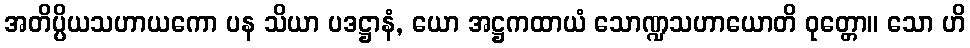
အတိပ္ပိယသဟာယကော ပန သိယာ ပဒဋ္ဌာနံ, ယော အဋ္ဌကထာယံ သောဏ္ဍသဟာယောတိ ဝုတ္တော။ သော ဟိ